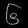
Digit: ၆